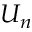
U _ { n }